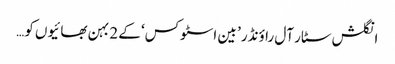
انگلش سٹار آل راؤنڈر ’ بین اسٹوکس‘ کے 2 بہن بھائیوں کو…